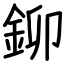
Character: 鉚